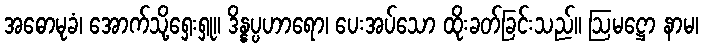
အဓောမုခံ၊ အောက်သို့ရှေးရှု။ ဒိန္နပ္ပဟာရော၊ ပေးအပ်သော ထိုးခတ်ခြင်းသည်။ ဩမဋ္ဌော နာမ၊